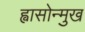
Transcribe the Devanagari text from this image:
ह्वासोन्मुख